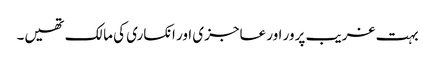
بہت غریب پرور اور عاجزی اور انکساری کی مالک تھیں۔